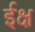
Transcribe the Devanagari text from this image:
ईक्ष